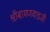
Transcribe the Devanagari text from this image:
श्रीबामणवाडजी